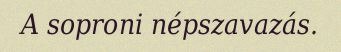
A soproni népszavazás.